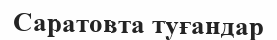
Саратовта туғандар